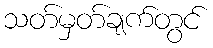
သတ်မှတ်ချက်တွင်